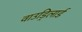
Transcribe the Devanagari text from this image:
वाउड्रिलार्ड